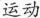
运动